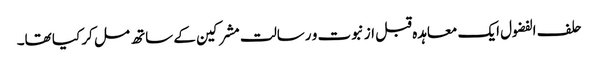
حلف الفضول ایک معاہدہ قبل از نبوت و رسالت مشرکین کے ساتھ مل کر کیا تھا۔